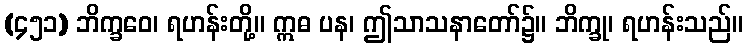
(၄၅၁) ဘိက္ခဝေ၊ ရဟန်းတို့။ ဣဓ ပန၊ ဤသာသနာတော်၌။ ဘိက္ခု၊ ရဟန်းသည်။